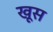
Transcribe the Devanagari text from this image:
खूस